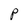
Character: P